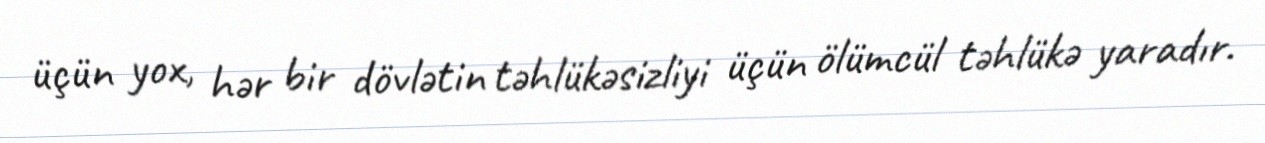
üçün yox, hər bir dövlətin təhlükəsizliyi üçün ölümcül təhlükə yaradır.